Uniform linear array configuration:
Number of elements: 16
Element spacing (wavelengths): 0.75
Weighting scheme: kaiser
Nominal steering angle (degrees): -30
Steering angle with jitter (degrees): -28.668
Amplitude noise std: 0.05
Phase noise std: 0.05

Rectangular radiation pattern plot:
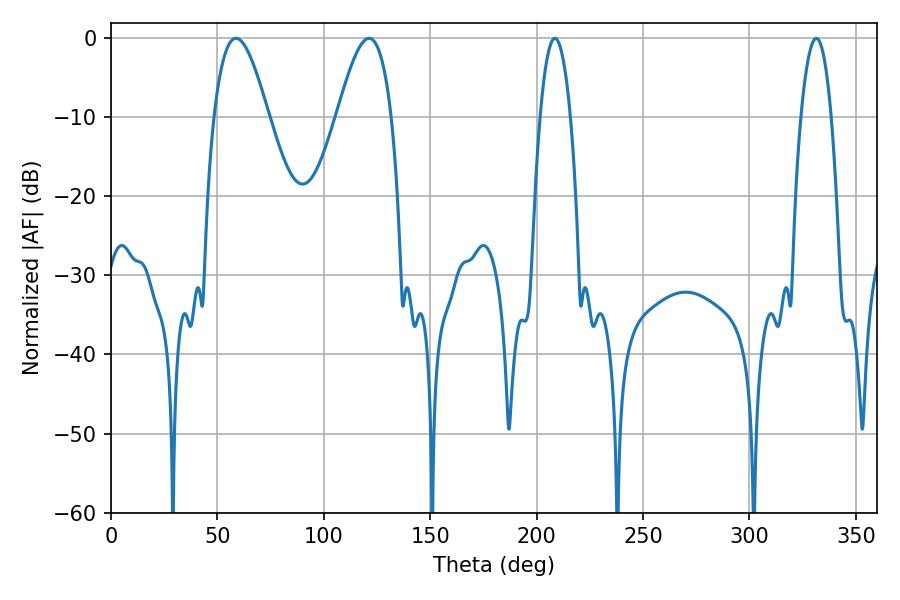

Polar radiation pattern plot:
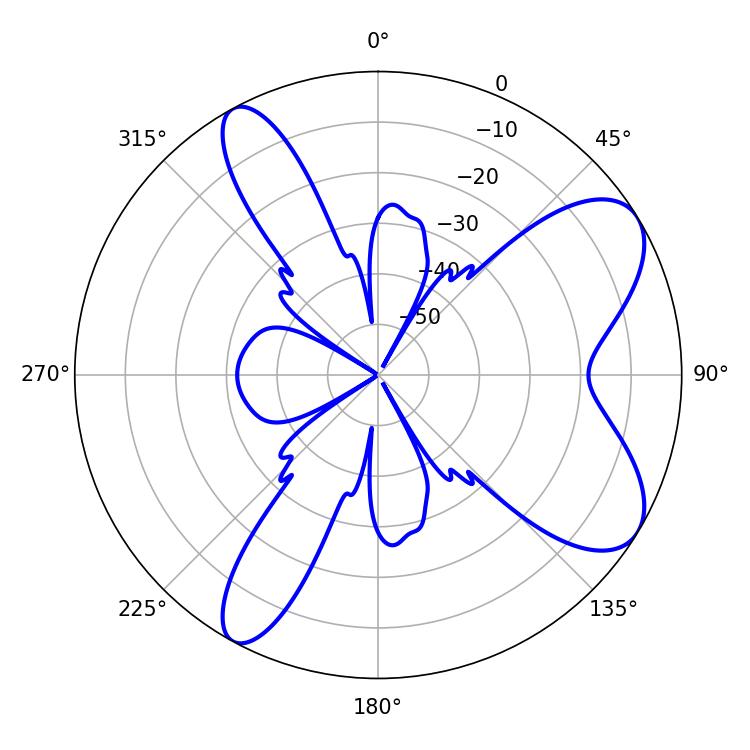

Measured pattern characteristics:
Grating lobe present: TRUE
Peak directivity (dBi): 7.962
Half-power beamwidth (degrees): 7.92
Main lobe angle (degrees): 208.62